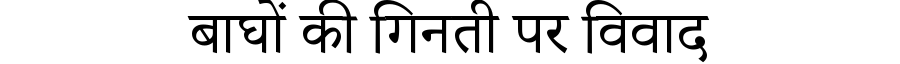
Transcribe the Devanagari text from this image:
बाघों की गिनती पर विवाद